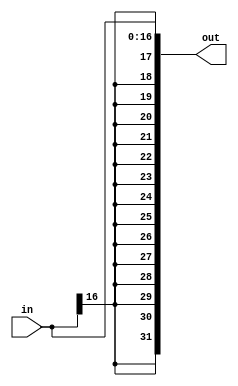
module sign_extension(out, in);
	input[16:0] in;
	output[31:0] out;
	
	genvar i;
	generate
		for(i=17; i<32; i = i+1) begin : extend
			and ai(out[i], in[16], in[16]);
		end
	endgenerate 
	
	genvar j;
	generate
		for( j =0; j <17; j= j+1) begin : initalize
			and(out[j], in[j], in[j]);
		end
	endgenerate
	
endmodule